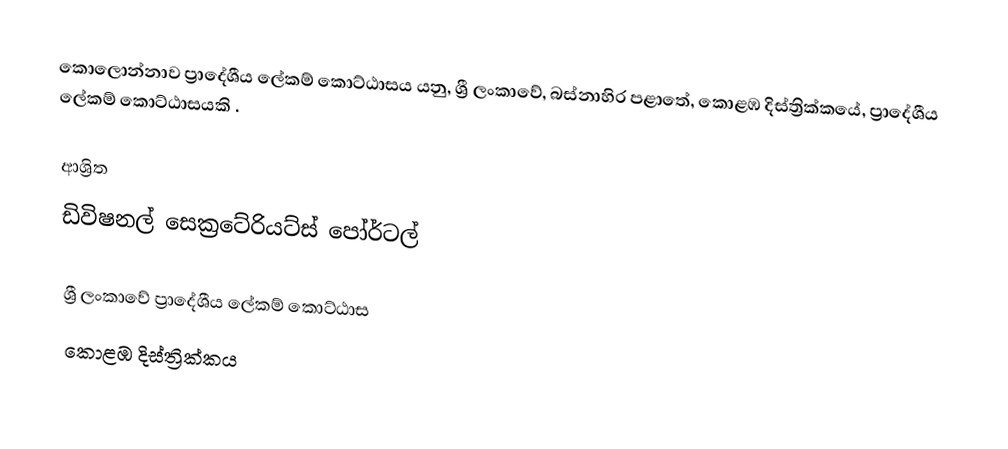
කොලොන්නාව ප්‍රාදේශීය ලේකම් කොට්ඨාසය යනු,  ශ්‍රී ලංකාවේ, බස්නාහිර පළාතේ,   කොළඹ දිස්ත්‍රික්කයේ, ප්‍රාදේශීය ලේකම් කොට්ඨාසයකි .

ආශ්‍රිත
 ඩිවිෂනල් සෙක්‍රටේරියට්ස් පෝර්ටල්

ශ්‍රී ලංකාවේ ප්‍රාදේශීය ලේකම් කොට්ඨාස
කොළඹ දිස්ත්‍රික්කය